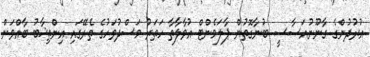
އުރުދުންގެ ގާނޫނުއަސާސީ ބުނާގޮތުން ޕާލަމެންޓް އުވާލާތާ ހަތަރު މަސްދުވަހުގެ ތެރޭގައި އިންތިޚާބު ބާއްވަން